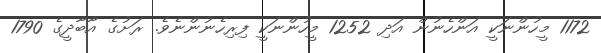
1172 މީހުންނަކީ އަންހެނުން އަދި 1252 މީހުންނަކީ ފިރިހެނުންނެވެ. ރަށުގެ އާބާދީގެ 1790